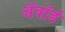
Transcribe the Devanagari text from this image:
अॅवॉर्ड